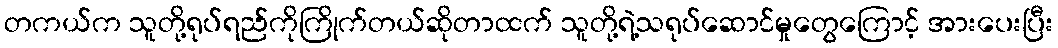
တကယ်က သူတို့ရုပ်ရည်ကိုကြိုက်တယ်ဆိုတာထက် သူတို့ရဲ့သရုပ်ဆောင်မှုတွေကြောင့် အားပေးပြီး